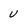
Character: u